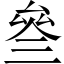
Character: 叄